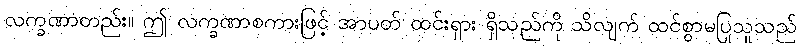
လက္ခဏာတည်း။ ဤ လက္ခဏာစကားဖြင့် အာပတ် ထင်းရှား ရှိသည်ကို သိလျက် ထင်စွာမပြုသူသည်